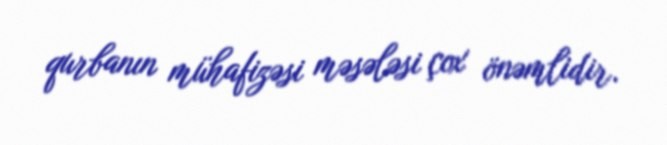
qurbanın mühafizəsi məsələsi çox önəmlidir.